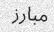
مبارز